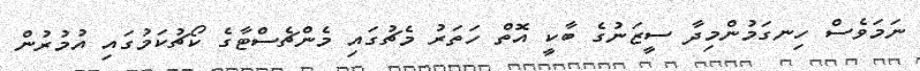
ނަމަވެސް ހިނގަމުންމިދާ ސީޒަނުގެ ބާކީ އޮތް ހަތަރު މެޗުގައި މެންޗެސްޓާގެ ކޯޗުކަމުގައި އުމުރުން